65_HS1-834228961_62-HQ-83894_Section_8
Agency: FBI
Page 193
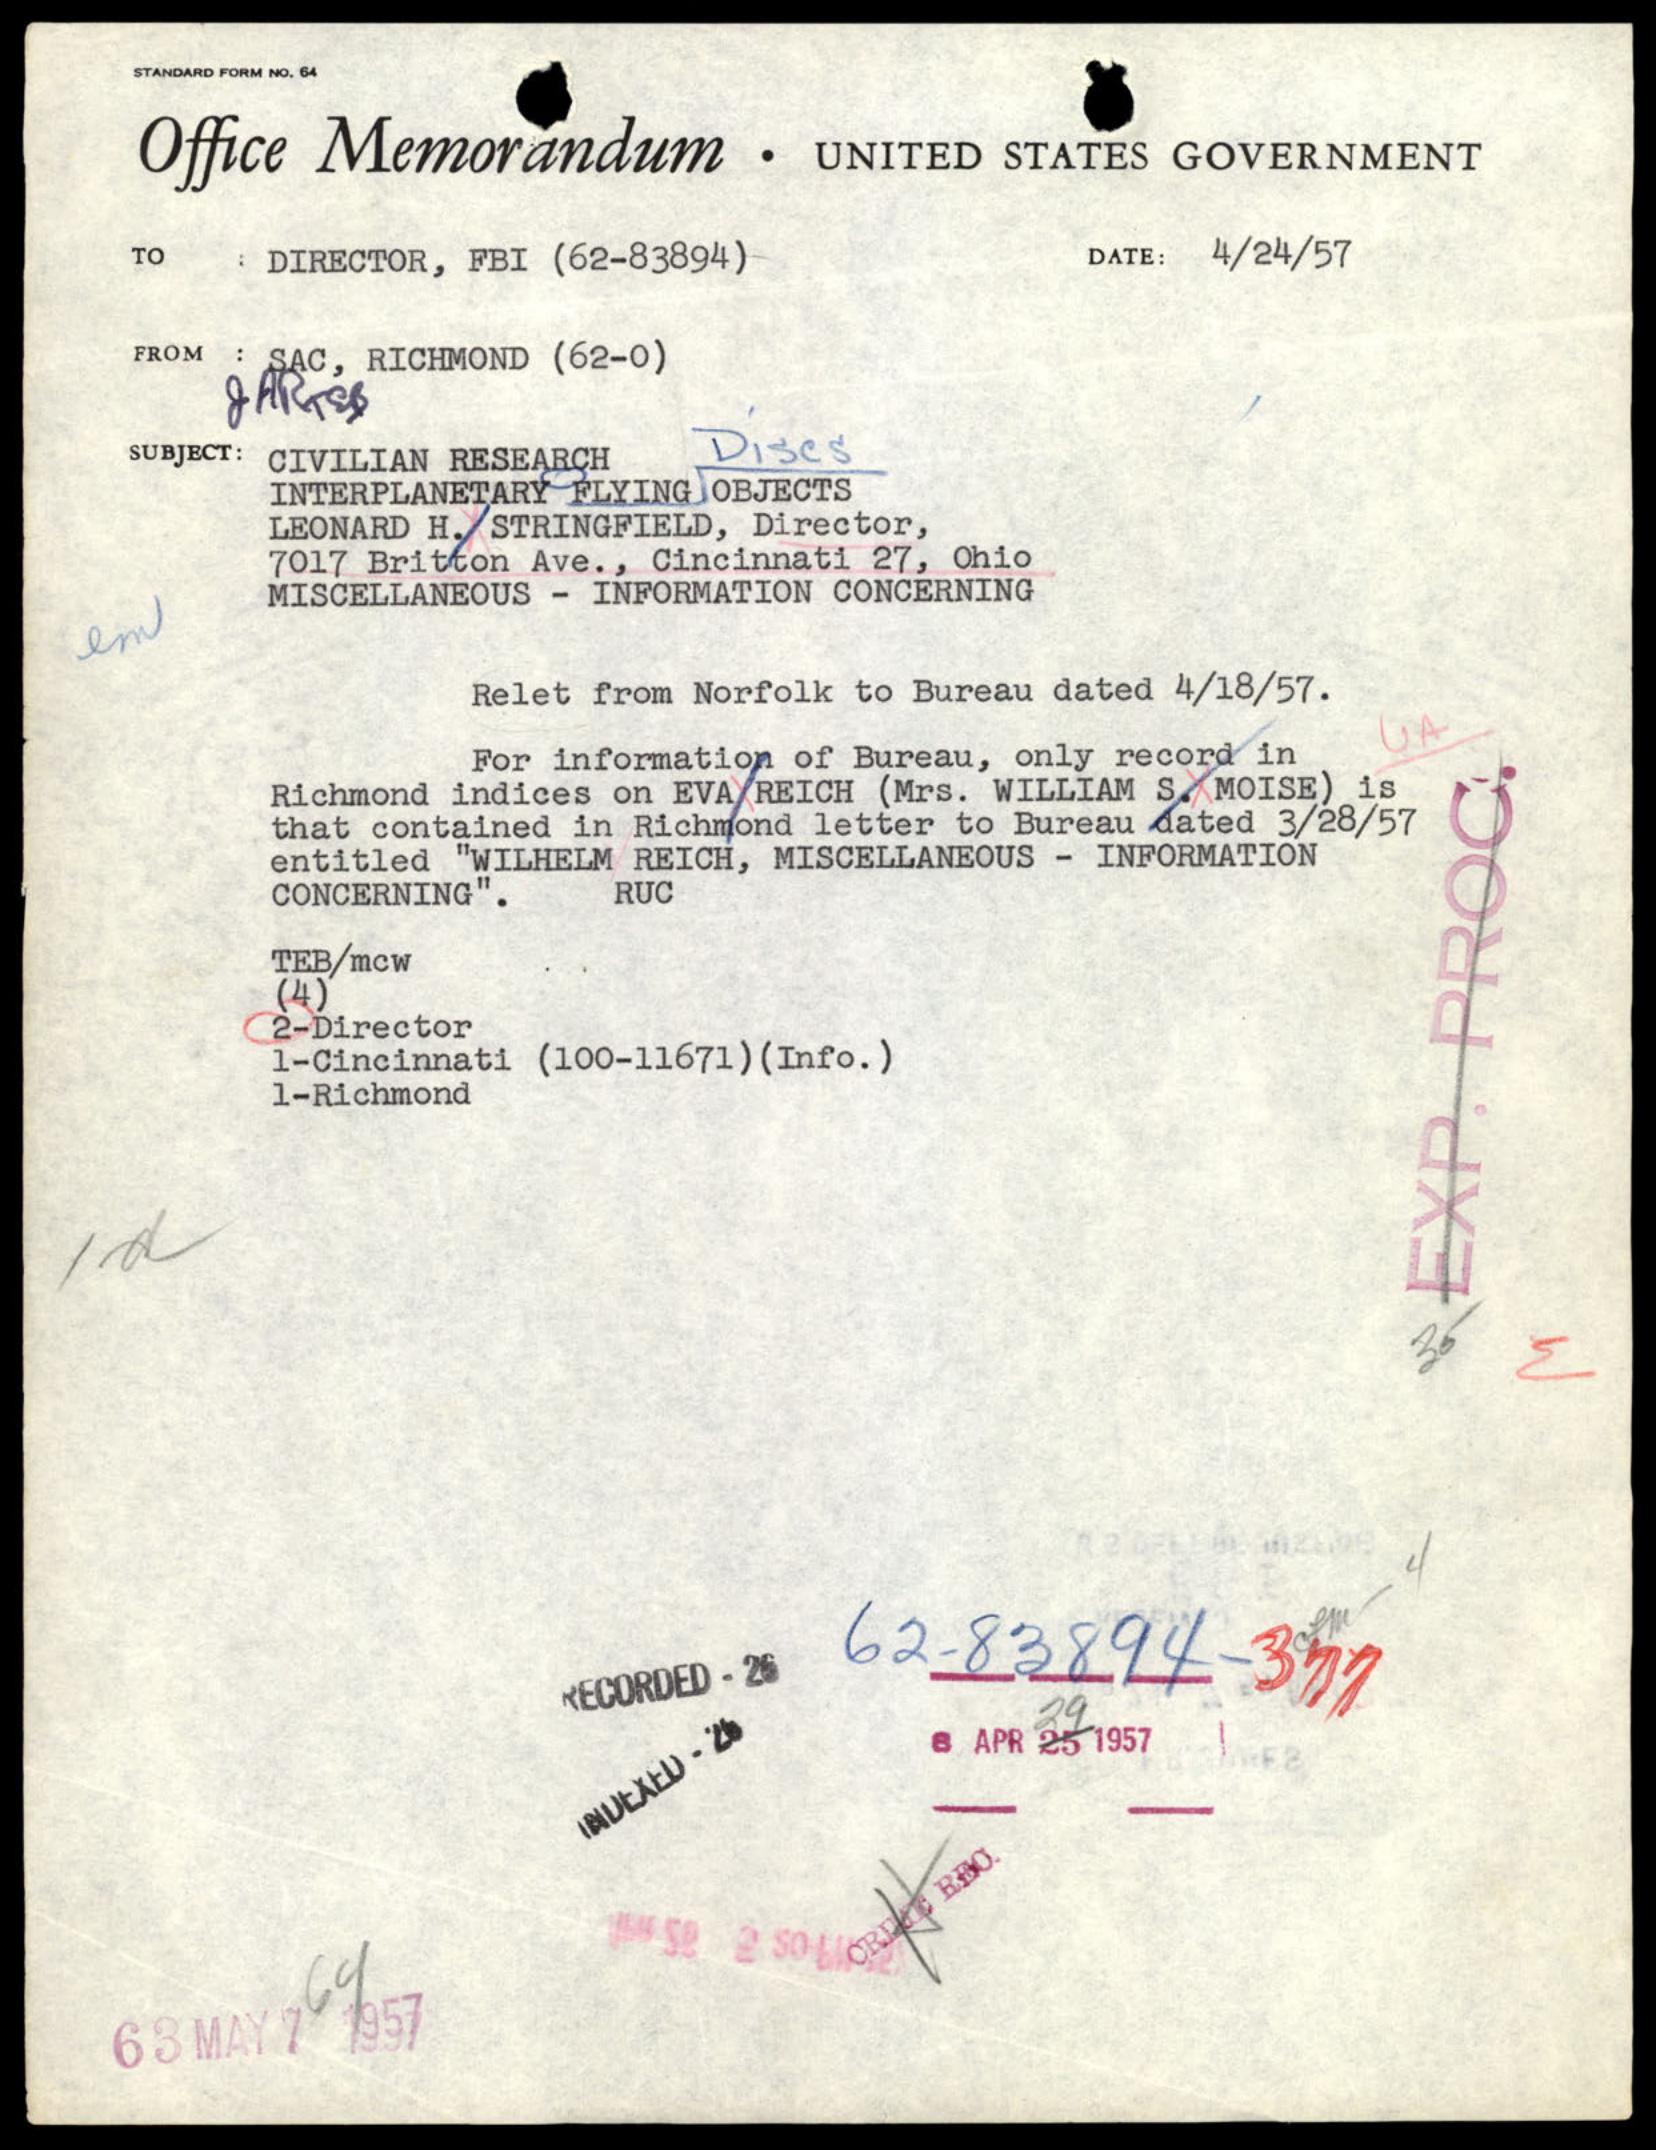